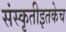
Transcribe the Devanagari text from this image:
संस्कृतीइतकेच